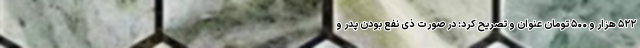
۵۲۲ هزار و ۵۰۰ تومان عنوان و تصریح کرد: در صورت ذی نفع بودن پدر و